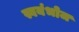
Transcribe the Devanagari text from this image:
स्वयंभोज